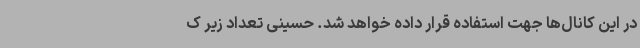
در این کانال‌ها جهت استفاده قرار داده خواهد شد. حسینی تعداد زیر ک